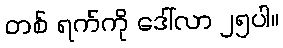
တစ် ရက်ကို ဒေါ်လာ ၂၅ပါ။